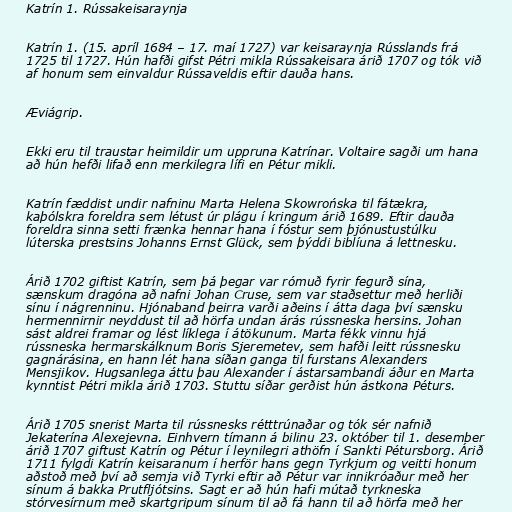
Katrín 1. Rússakeisaraynja

Katrín 1. (15. apríl 1684 – 17. maí 1727) var keisaraynja Rússlands frá
1725 til 1727. Hún hafði gifst Pétri mikla Rússakeisara árið 1707 og tók við
af honum sem einvaldur Rússaveldis eftir dauða hans.

Æviágrip.

Ekki eru til traustar heimildir um uppruna Katrínar. Voltaire sagði um hana
að hún hefði lifað enn merkilegra lífi en Pétur mikli.

Katrín fæddist undir nafninu Marta Helena Skowrońska til fátækra,
kaþólskra foreldra sem létust úr plágu í kringum árið 1689. Eftir dauða
foreldra sinna setti frænka hennar hana í fóstur sem þjónustustúlku
lúterska prestsins Johanns Ernst Glück, sem þýddi biblíuna á lettnesku.

Árið 1702 giftist Katrín, sem þá þegar var rómuð fyrir fegurð sína,
sænskum dragóna að nafni Johan Cruse, sem var staðsettur með herliði
sínu í nágrenninu. Hjónaband þeirra varði aðeins í átta daga því sænsku
hermennirnir neyddust til að hörfa undan árás rússneska hersins. Johan
sást aldrei framar og lést líklega í átökunum. Marta fékk vinnu hjá
rússneska hermarskálknum Boris Sjeremetev, sem hafði leitt rússnesku
gagnárásina, en hann lét hana síðan ganga til furstans Alexanders
Mensjikov. Hugsanlega áttu þau Alexander í ástarsambandi áður en Marta
kynntist Pétri mikla árið 1703. Stuttu síðar gerðist hún ástkona Péturs.

Árið 1705 snerist Marta til rússnesks rétttrúnaðar og tók sér nafnið
Jekaterína Alexejevna. Einhvern tímann á bilinu 23. október til 1. desember
árið 1707 giftust Katrín og Pétur í leynilegri athöfn í Sankti Pétursborg. Árið
1711 fylgdi Katrín keisaranum í herför hans gegn Tyrkjum og veitti honum
aðstoð með því að semja við Tyrki eftir að Pétur var innikróaður með her
sínum á bakka Prutfljótsins. Sagt er að hún hafi mútað tyrkneska
stórvesírnum með skartgripum sínum til að fá hann til að hörfa með her